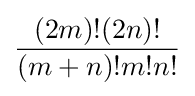
{\frac {(2m)!(2n)!}{(m+n)!m!n!}}